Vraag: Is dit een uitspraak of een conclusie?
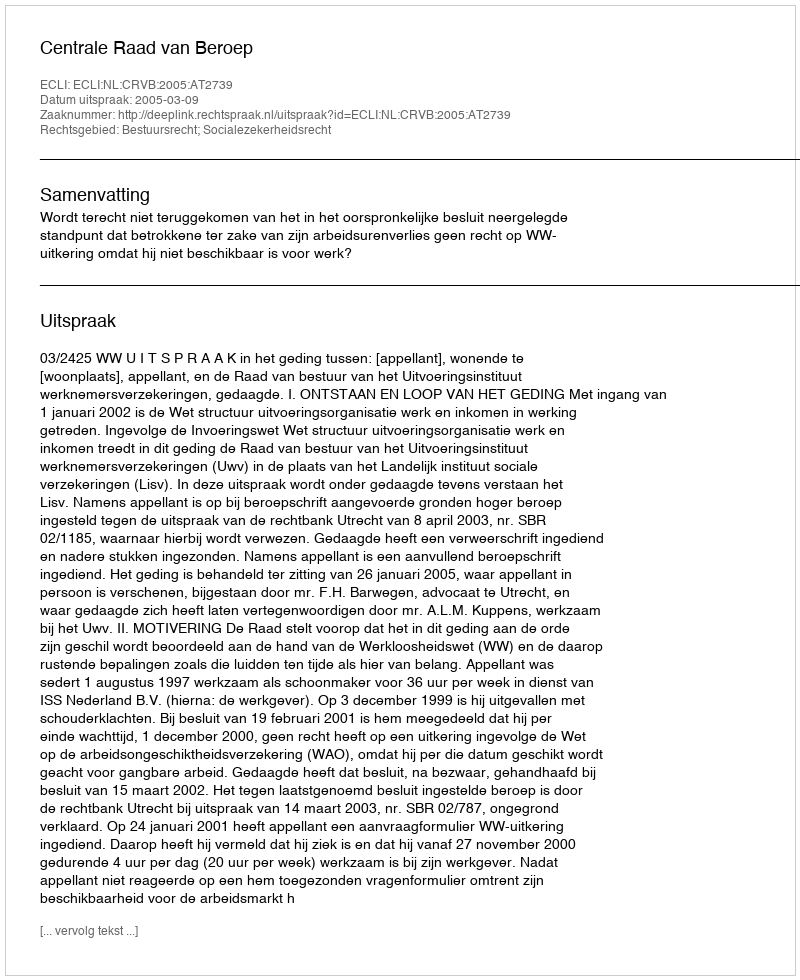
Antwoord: Uitspraak